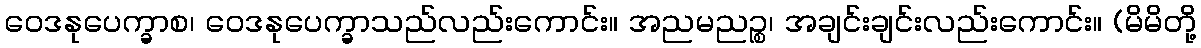
ဝေဒနုပေက္ခာစ၊ ဝေဒနုပေက္ခာသည်လည်းကောင်း။ အညမညဉ္စ၊ အချင်းချင်းလည်းကောင်း။ (မိမိတို့